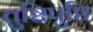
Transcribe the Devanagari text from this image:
तुष्टिपुष्टि